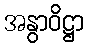
အနွာဝိဋ္ဌာ